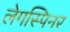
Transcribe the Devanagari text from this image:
लेगस्पिनर